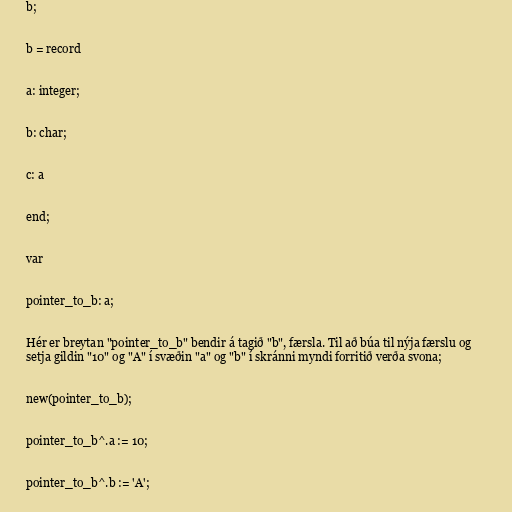
b;

b = record

a: integer;

b: char;

c: a

end;

var

pointer_to_b: a;

Hér er breytan "pointer_to_b" bendir á tagið "b", færsla. Til að búa til nýja færslu og
setja gildin "10" og "A" í svæðin "a" og "b" í skránni myndi forritið verða svona;

new(pointer_to_b);

pointer_to_b^.a := 10;

pointer_to_b^.b := 'A';